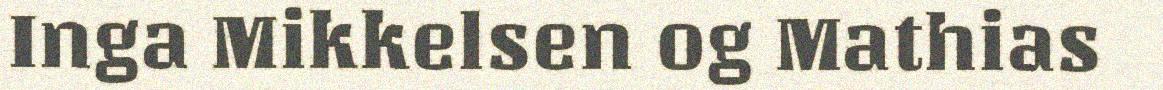
Inga Mikkelsen og Mathias